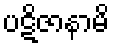
ပဋိဇာနာမိ